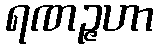
ရဏဉ္ဇဟာ